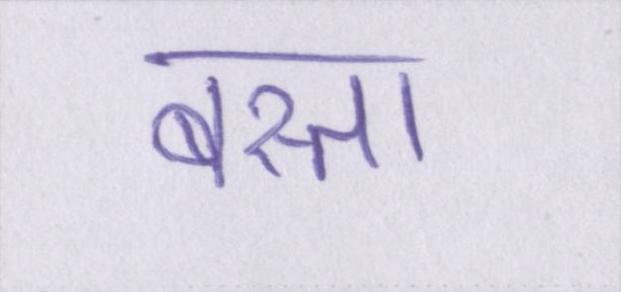
बस्ता